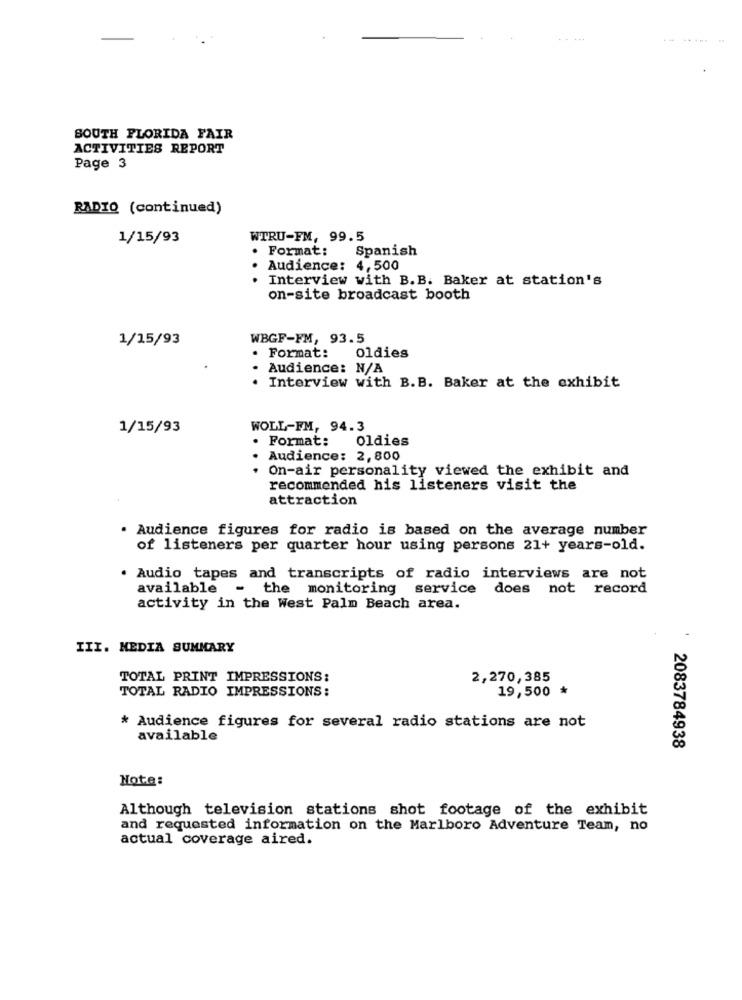
. ...
... ......
SOUTH FLORIDA FAIR
ACTIVITIES REPORT
Page 3
RADIO (continued)
1/15/93
WTRU-FM, 99.5
Format:
Spanish
Audience: 4,500
Interview with B.B. Baker at station's
on-site broadcast booth
1/15/93
WBGF-FM, 93.5
.
Format:
oldies
Audience: N/A
. Interview with B.B. Baker at the exhibit
1/15/93
WOLL-FM, 94.3
. Format:
Oldies
Audience: 2, 800
On-air personality viewed the exhibit and
recommended his listeners visit the
attraction
. Audience figures for radio is based on the average number
of listeners per quarter hour using persons 21+ years-old.
. Audio tapes and transcripts of radio interviews are not
available
- the monitoring service does not record
activity in the West Palm Beach area.
III. MEDIA SUMMARY
TOTAL PRINT IMPRESSIONS:
2,270,385
TOTAL RADIO IMPRESSIONS:
19,500 *
* Audience figures for several radio stations are not
available
2083784938
Note:
Although television stations shot footage of the exhibit
and requested information on the Marlboro Adventure Team, no
actual coverage aired.